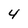
Character: 4